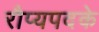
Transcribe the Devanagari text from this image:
रौप्यपदके